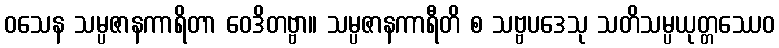
ဝသေန သမ္ပဇာနကာရိတာ ဝေဒိတဗ္ဗာ။ သမ္ပဇာနကာရီတိ စ သဗ္ဗပဒေသု သတိသမ္ပယုတ္တဿေဝ